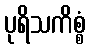
ပုရိသကိစ္စံ